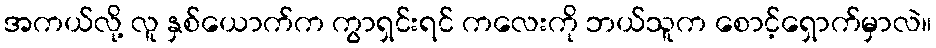
အကယ်လို့ လူ နှစ်ယောက်က ကွာရှင်းရင် ကလေးကို ဘယ်သူက စောင့်ရှောက်မှာလဲ။